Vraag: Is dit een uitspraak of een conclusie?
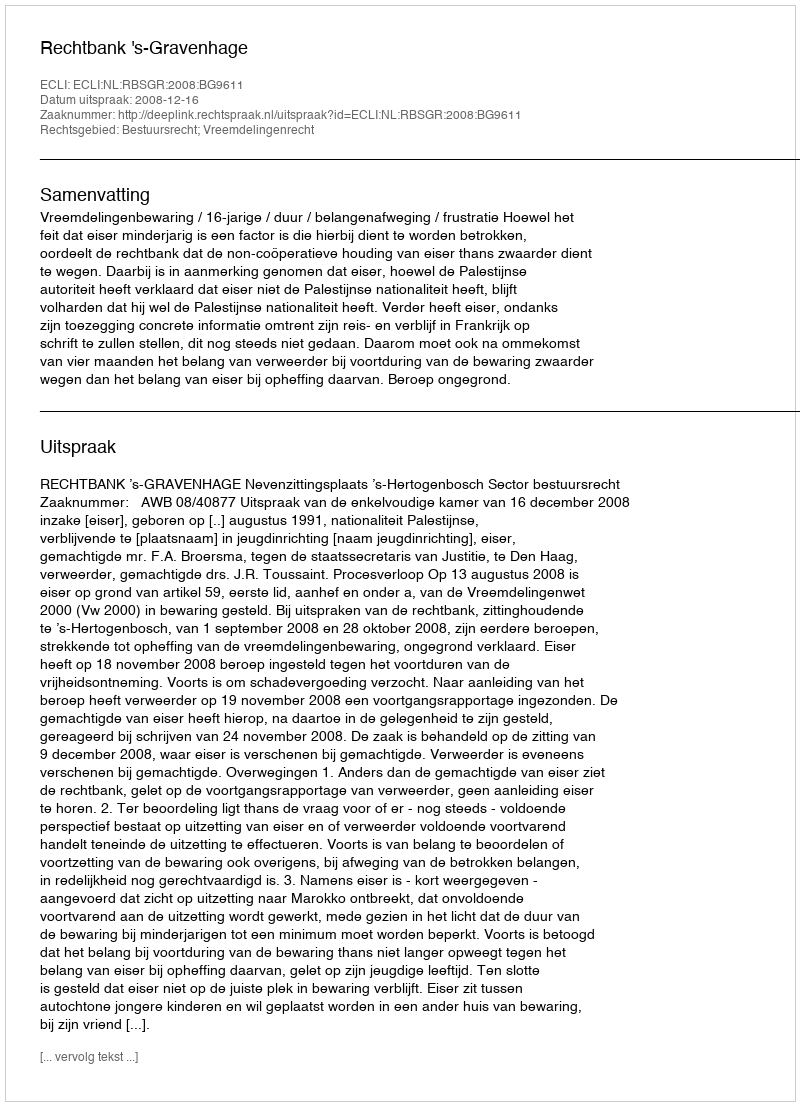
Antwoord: Uitspraak